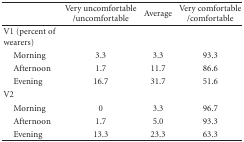
|  | Very uncomfortable/uncomfortable | Average | Very comfortable/comfortable |
 | --- | --- | --- | --- |
 | V1 (percent of wearers) |  |  |  |
 | Morning | 3.3 | 3.3 | 93.3 |
 | Afternoon | 1.7 | 11.7 | 86.6 |
 | Evening | 16.7 | 31.7 | 51.6 |
 | V2 |  |  |  |
 | Morning | 0 | 3.3 | 96.7 |
 | Afternoon | 1.7 | 5.0 | 93.3 |
 | Evening | 13.3 | 23.3 | 63.3 |